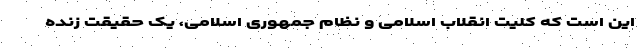
این است که کلیت انقلاب اسلامی و نظام جمهوری اسلامی، یک حقیقت زنده